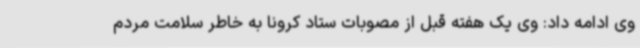
وی ادامه داد: وی یک هفته قبل از مصوبات ستاد کرونا به خاطر سلامت مردم